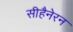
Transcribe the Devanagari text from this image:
सीहैनेरन